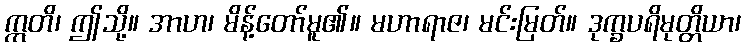
ဣတိ၊ ဤသို့။ အာဟ၊ မိန့်တော်မူ၏။ မဟာရာဇ၊ မင်းမြတ်။ ဒုက္ခပရိမုတ္တိယာ၊